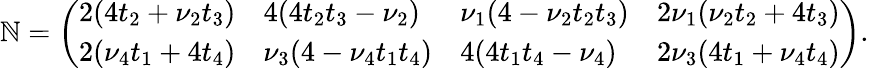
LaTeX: \mathbb{N}=\left(\begin{array}{llll}{2(4t_{2}+\nu_{2}t_{3})}&{4(4t_{2}t_{3}-\nu_{2})}&{\nu_{1}(4-\nu_{2}t_{2}t_{3})}&{2\nu_{1}(\nu_{2}t_{2}+4t_{3})}\\ {2(\nu_{4}t_{1}+4t_{4})}&{\nu_{3}(4-\nu_{4}t_{1}t_{4})}&{4(4t_{1}t_{4}-\nu_{4})}&{2\nu_{3}(4t_{1}+\nu_{4}t_{4})}\end{array}\right).